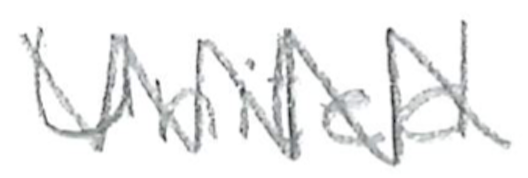
Text: United
Cross-out: zig-zag
Writing tool: pencil